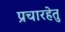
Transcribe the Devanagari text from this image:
प्रचारहेतु